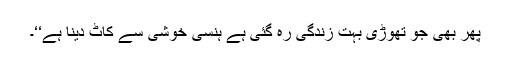
پھر بھی جو تھوڑی بہت زندگی رہ گئی ہے ہنسی خوشی سے کاٹ دینا ہے‘‘۔